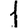
Digit: 1